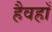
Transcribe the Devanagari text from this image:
हैवहाँ